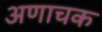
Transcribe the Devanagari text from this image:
अणाचक